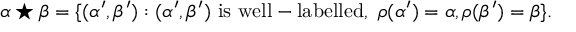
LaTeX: \alpha \star \beta = \{ ( \alpha ^ { \prime } , \beta ^ { \prime } ) : ( \alpha ^ { \prime } , \beta ^ { \prime } ) { \mathrm { ~ i s ~ w e l l - l a b e l l e d , ~ } } \rho ( \alpha ^ { \prime } ) = \alpha , \rho ( \beta ^ { \prime } ) = \beta \} .